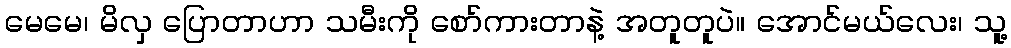
မေမေ၊ မိလှ ပြောတာဟာ သမီးကို စော်ကားတာနဲ့ အတူတူပဲ။ အောင်မယ်လေး၊ သူ့